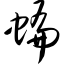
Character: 蝙